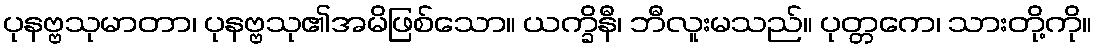
ပုနဗ္ဗသုမာတာ၊ ပုနဗ္ဗသု၏အမိဖြစ်သော။ ယက္ခိနီ၊ ဘီလူးမသည်။ ပုတ္တကေ၊ သားတို့ကို။